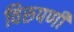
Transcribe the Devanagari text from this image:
विरुपणी